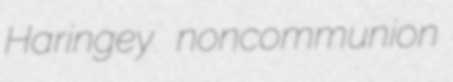
Haringey noncommunion